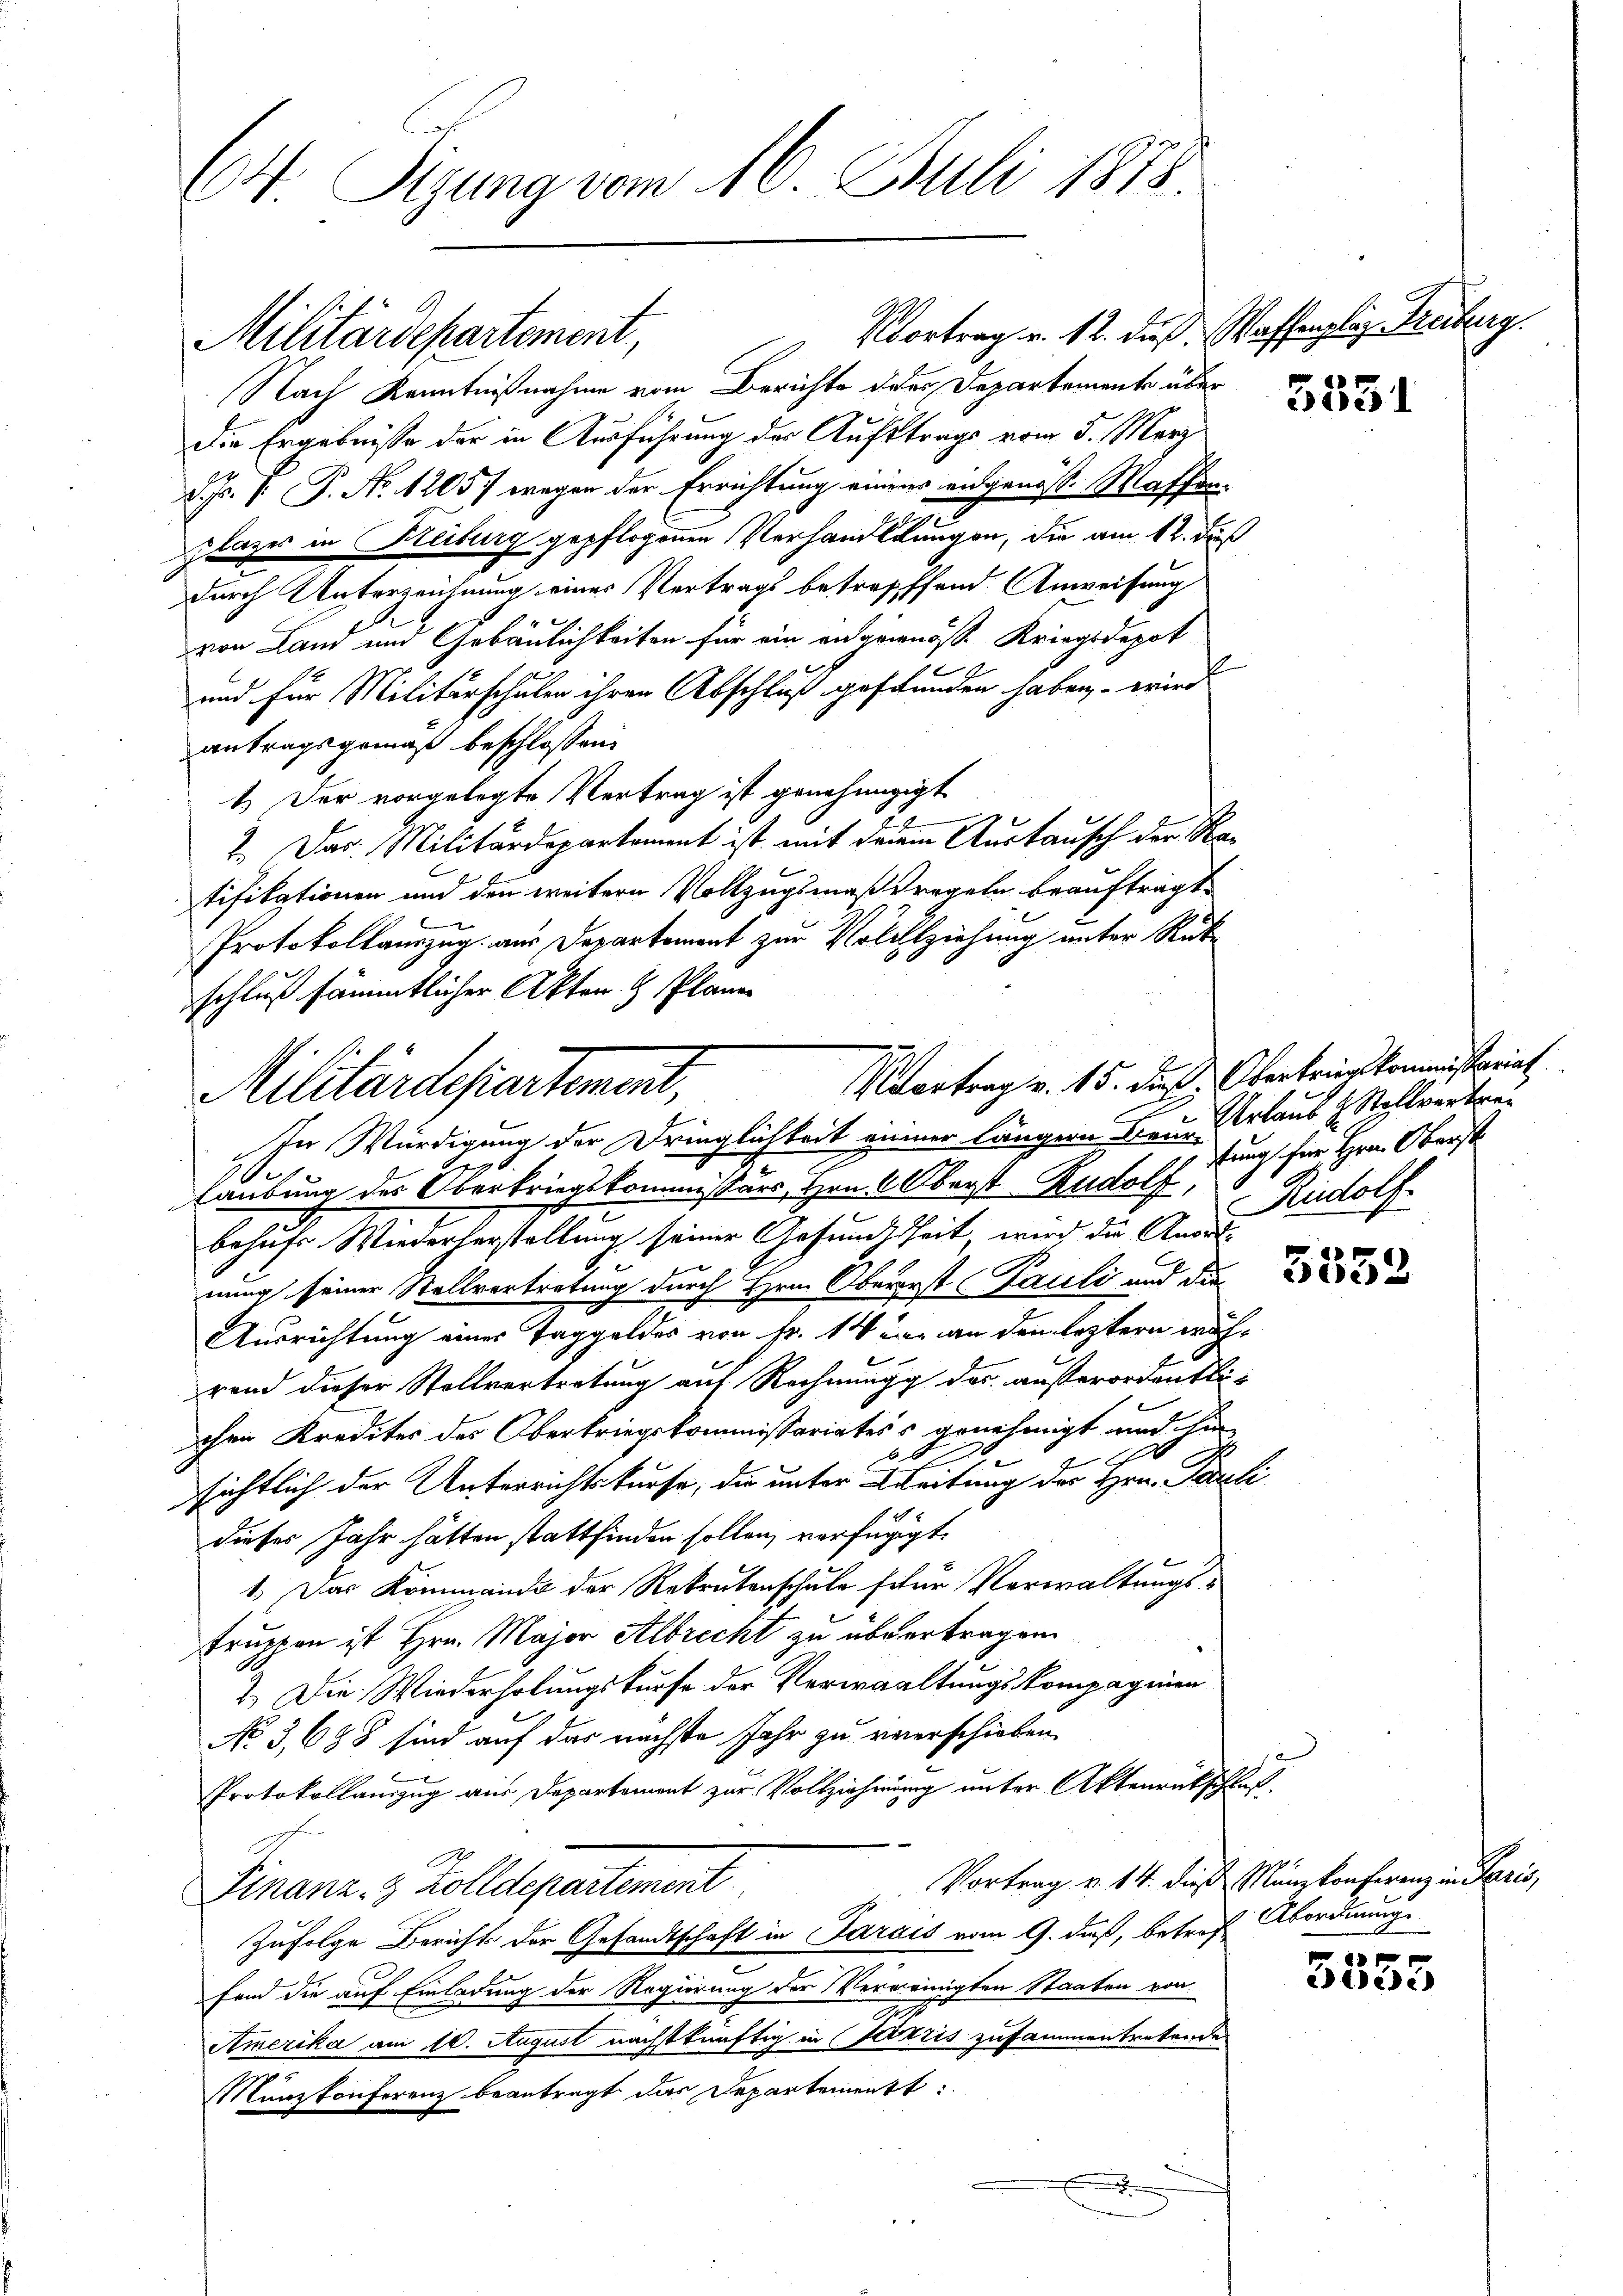
64 Sizung vom 16. Juli 1878

Militärdepartement,

Vortrag v. 12. dieß. Waffenplaz Freiburg.
Nach Kenntnißnahme vom Berichte des Departemente über
Die Ergebniße der in Ausführung der Aufstrags vom 5. März
D. P. P. No. 12057 wegen der Errichtung einen angenosse Massen-
plazes in Reiburg gepflogenen Verhandlungen, die am 12. daß
durch Unterzeichnung einer Vertrags betreffend Anweisung
.
von Land und Gebäulichkeiten für ein angenöss. Kriegsdepot
und für Militärschulen ihren Abschluß gestunden haben, – wird
antragsgemäß beschlossen:
1.) Der vorgelegte Vertrag ist genehmigigt
7. Das Militärdepartement ist mit der Austausch der Ratifikationen und den weitern Vollzugsmaßregeln beauftragt.
Protokollauszug aus Departement zur Vollziehung unter Rückschluß sämmtlicher Akten & Plänen
In Würdigung der Dringlichkeit einer längern Frau Urlaub & Stellvertrei¬
Laubung des Oberkriegskommissärs, Hrn. Oberst Rudolf,
behufs Wiederherstellung seiner Gesundheit, wird die Anordnung seiner Stellvertretung durch Hrn. Obererst Pauli und die
Ausrichtung eines Taggeldes von Fr. 14 der an den leztern wäh-
rand dieser Stollvertretung auf Rechnungg das außerordentliohen Kredites der Oberkriegskommissariates genehmigt und hi
sichtlich der Unterrichtskurse, die unter Breitung der Hrn. Pauli
dieses Jahr hätten stattfinden sollen, verfügigt,
1.) Das Kommando der Rekrutenschule schür Verwaltungs¬
Truppen ist Hrn. Major Albrecht zu übertragen
2.) Die Wiederholungskurse der Verwaltungskompagnien
No 3,688 sind auf das nächste Jahr zu verschieben
Protokollauszug aus Departement zur Vollziehung unter Aktenrückschluß.
Vortrag v. 14. dieß Münzkonferenz in Paris,
Finanz. 3. Zolldepartement
Zufolge Bericht der Gesandtschaft in Parais vom 9. daß, betref Abordnung
fend die auf Einladung der Regierung der Verweinigten Staaten von
Amerika am 10. August nächstkünftig in Szzis zusammentretendes
Münzkonferenz beantragt das Departement:

E
Vortrag v. 15. dieß. Oberkriegskommißariat
Militärdepartement,

f

tung her Herr Oberst
Rudolf

3531

1
eede

i
e